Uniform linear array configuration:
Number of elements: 32
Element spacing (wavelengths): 0.5
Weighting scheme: kaiser
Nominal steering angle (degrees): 15
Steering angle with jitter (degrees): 13.181
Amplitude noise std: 0.05
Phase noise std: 0.05

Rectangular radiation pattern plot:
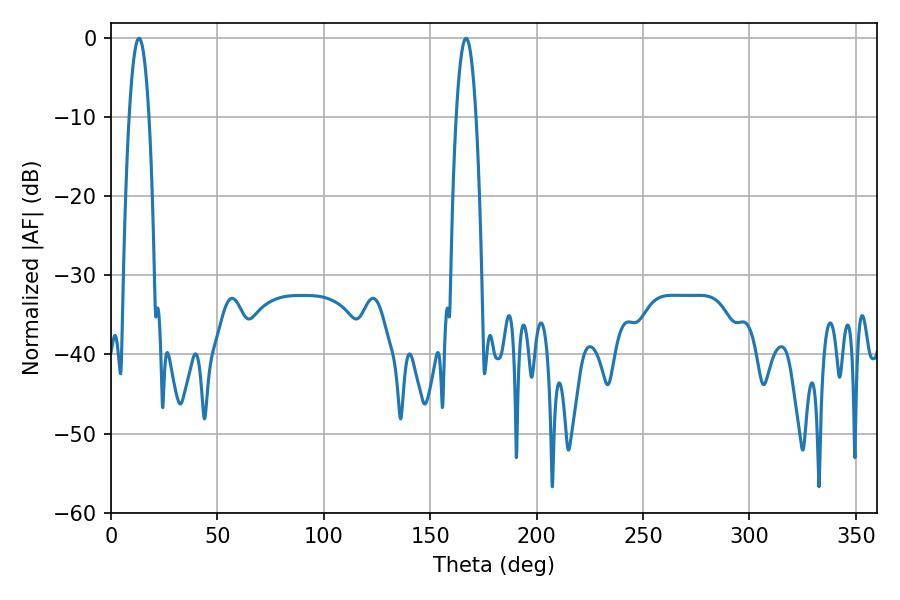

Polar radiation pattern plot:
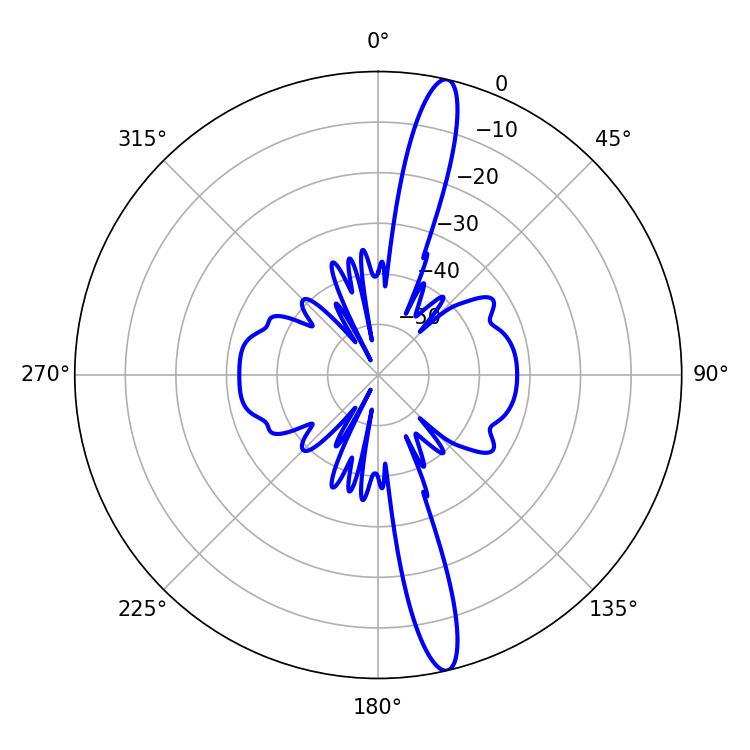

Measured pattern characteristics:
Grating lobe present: FALSE
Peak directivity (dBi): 16.56
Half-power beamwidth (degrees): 5.04
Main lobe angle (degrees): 13.14